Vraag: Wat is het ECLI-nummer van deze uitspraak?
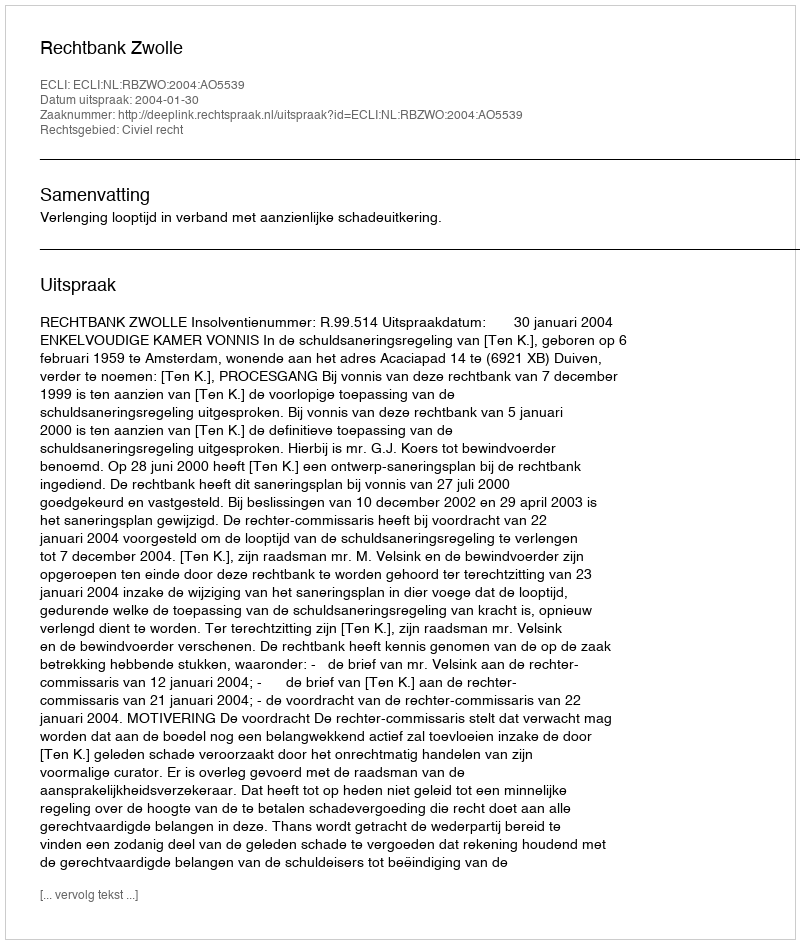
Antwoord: ECLI:NL:RBZWO:2004:AO5539